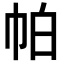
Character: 帕